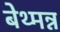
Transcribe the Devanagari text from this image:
बेथ्मन्न